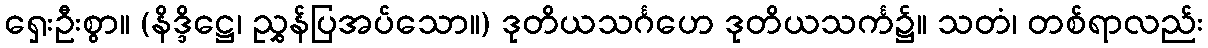
ရှေးဦးစွာ။ (နိဒ္ဒိဋ္ဌေ၊ ညွှန်ပြအပ်သော။) ဒုတိယသင်္ဂဟေ ဒုတိယသင်္က၌။ သတံ၊ တစ်ရာလည်း